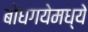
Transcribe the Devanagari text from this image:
बोधगयेमध्ये